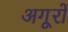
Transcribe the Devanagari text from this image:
अगूरों